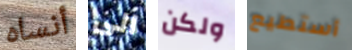
أنساه الى ولكن أستطيع